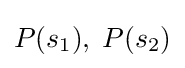
P(s_{1}),\;P(s_{2})